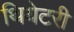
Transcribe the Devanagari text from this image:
थियेटरी